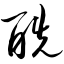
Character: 酰